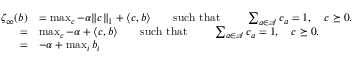
\begin{array} { r l } { \zeta _ { \infty } ( b ) } & { = \operatorname* { m a x } _ { c } - \alpha \lVert c \rVert _ { 1 } + \langle c , b \rangle \qquad \mathrm { s u c h ~ t h a t ~ } \qquad \sum _ { a \in \mathcal { A } } c _ { a } = 1 , \quad c \succeq 0 . } \\ { = } & { \operatorname* { m a x } _ { c } - \alpha + \langle c , b \rangle \qquad \mathrm { s u c h ~ t h a t ~ } \qquad \sum _ { a \in \mathcal { A } } c _ { a } = 1 , \quad c \succeq 0 . } \\ { = } & { - \alpha + \operatorname* { m a x } _ { i } b _ { i } } \end{array}